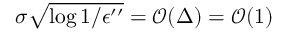
\sigma \sqrt { \log { 1 / \epsilon ^ { \prime \prime } } } = \mathcal { O } ( \Delta ) = \mathcal { O } ( 1 )